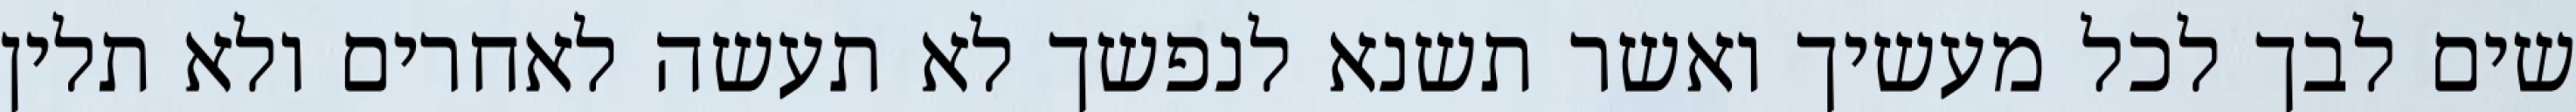
שים לבך לכל מעשיך ואשר תשנא לנפשך לא תעשה לאחרים ולא תלין